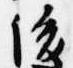
後